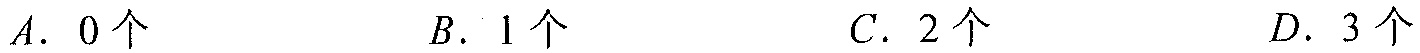
\(A.\ 0个\quad B.\ 1个\quad C.\ 2个\quad D.\ 3个\)